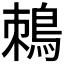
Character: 𪀜